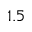
1 . 5